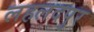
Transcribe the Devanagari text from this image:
लहलदपुर